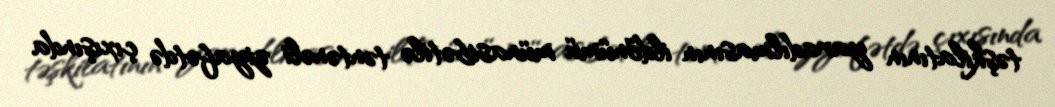
təşkilatının yaradılmasının ildönümü münasibətilə təntənəli ziyafətdə çıxışında